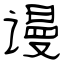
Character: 谩